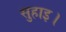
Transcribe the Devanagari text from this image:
सुहाइ।